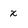
Character: x